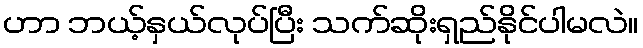
ဟာ ဘယ့်နှယ်လုပ်ပြီး သက်ဆိုးရှည်နိုင်ပါမလဲ။